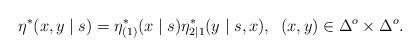
LaTeX: \begin{align*}\eta^*(x,y \mid s) = \eta^*_{(1)}(x \mid s) \eta^*_{2|1}(y \mid s,x), \;\; (x,y) \in \Delta^o \times \Delta^o.\end{align*}